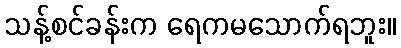
သန့်စင်ခန်းက ရေကမသောက်ရဘူး။